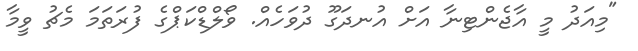
"މިއަދު މީ އާޖެންޓިނާ އަށް އުނދަގޫ ދުވަހެއް. ވޯލްޑްކަޕްގެ ފުރަތަމަ މެޗު ވީމާ